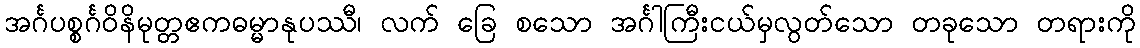
အင်္ဂပစ္စင်္ဂဝိနိမုတ္တဧကဓမ္မာနုပဿီ၊ လက် ခြေ စသော အင်္ဂါကြီးငယ်မှလွတ်သော တခုသော တရားကို